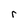
Character: r